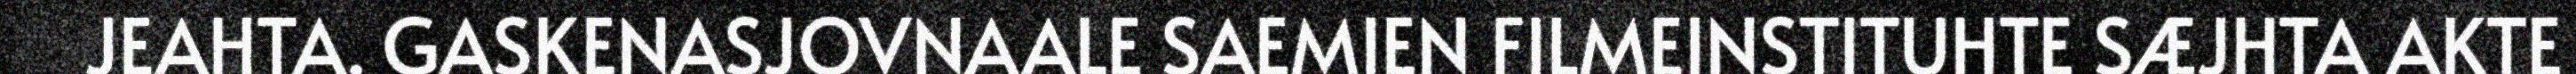
JEAHTA. GASKENASJOVNAALE SAEMIEN FILMEINSTITUHTE SÆJHTA AKTE